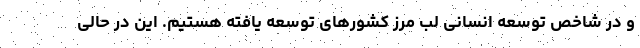
و در شاخص توسعه انسانی لب مرز کشورهای توسعه یافته هستیم. این در حالی